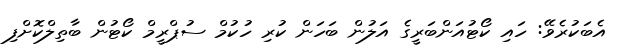
އެބަކުރެވޭ: ހައި ކޯޓުއަންބަރީގެ އަލުން ބަހަން ކުރި ހުކުމް ސުޕްރީމް ކޯޓުން ބާތިލްކޮށްފި